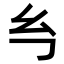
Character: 𭙈